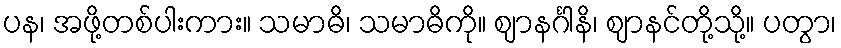
ပန၊ အဖို့တစ်ပါးကား။ သမာဓိ၊ သမာဓိကို။ ဈာနင်္ဂါနိ၊ ဈာနင်တို့သို့။ ပတွာ၊